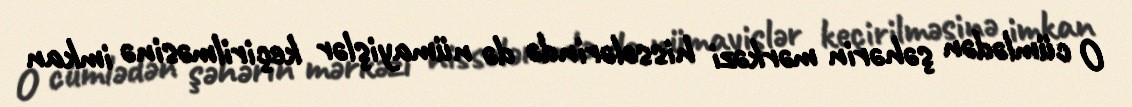
O cümlədən şəhərin mərkəzi hissələrində də nümayişlər keçirilməsinə imkan